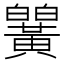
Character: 𬹒